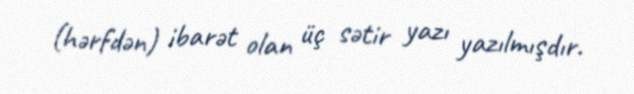
(hərfdən) ibarət olan üç sətir yazı yazılmışdır.